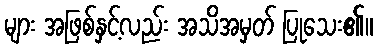
များ အဖြစ်နှင့်လည်း အသိအမှတ် ပြုသေး၏။